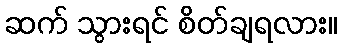
ဆက် သွားရင် စိတ်ချရလား။